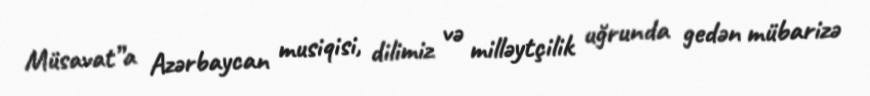
Müsavat”a Azərbaycan musiqisi, dilimiz və milləytçilik uğrunda gedən mübarizə